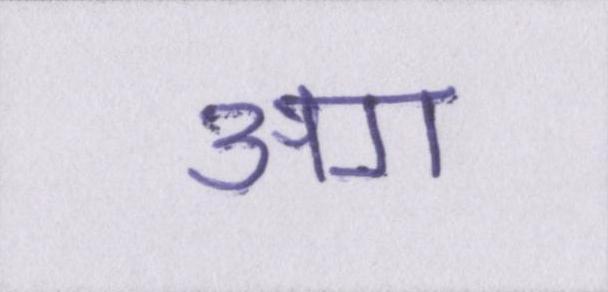
अग॰